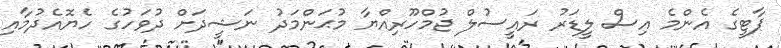
ޕާޓީގެ އެންމެ އިސް ލީޑަރު ރައީސުލް ޖުމްހޫރިއްޔާ މުޙަންމަދު ނަޝީދަށް ދުވަހުގެ ހެޔޮއެދުމާއި